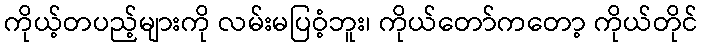
ကိုယ့်တပည့်များကို လမ်းမပြဝံ့ဘူး၊ ကိုယ်တော်ကတော့ ကိုယ်တိုင်